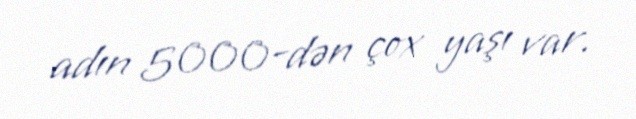
adın 5000-dən çox yaşı var.